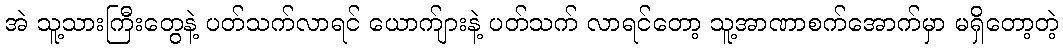
အဲ သူ့သားကြီးတွေနဲ့ ပတ်သက်လာရင် ယောက်ျားနဲ့ ပတ်သက် လာရင်တော့ သူ့အာဏာစက်အောက်မှာ မရှိတော့တဲ့